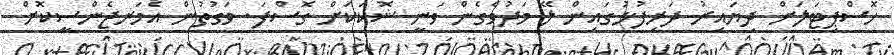
ހޮސްޕިޓަލަށް ދިޔައިރު ދަރިފުޅުގައިން ލޭ މަދުވެގެން ވަނީ ޝޮކަކަށް ގޮސްފަ. ވަގުތުން އެމަރޖެންސީކޮށް